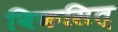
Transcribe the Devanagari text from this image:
विकसित्